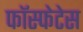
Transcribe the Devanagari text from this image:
फॉस्फेटेस